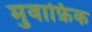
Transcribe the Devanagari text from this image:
मुवाफ़िक